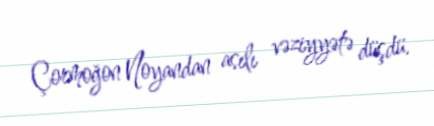
Çormoğon Noyandan asılı vəziyyətə düşdü.